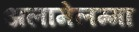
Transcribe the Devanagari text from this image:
अलामेलम्मा